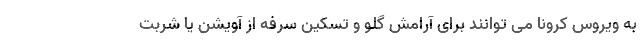
به ویروس کرونا می توانند برای آرامش گلو و تسکین سرفه از آویشن یا شربت